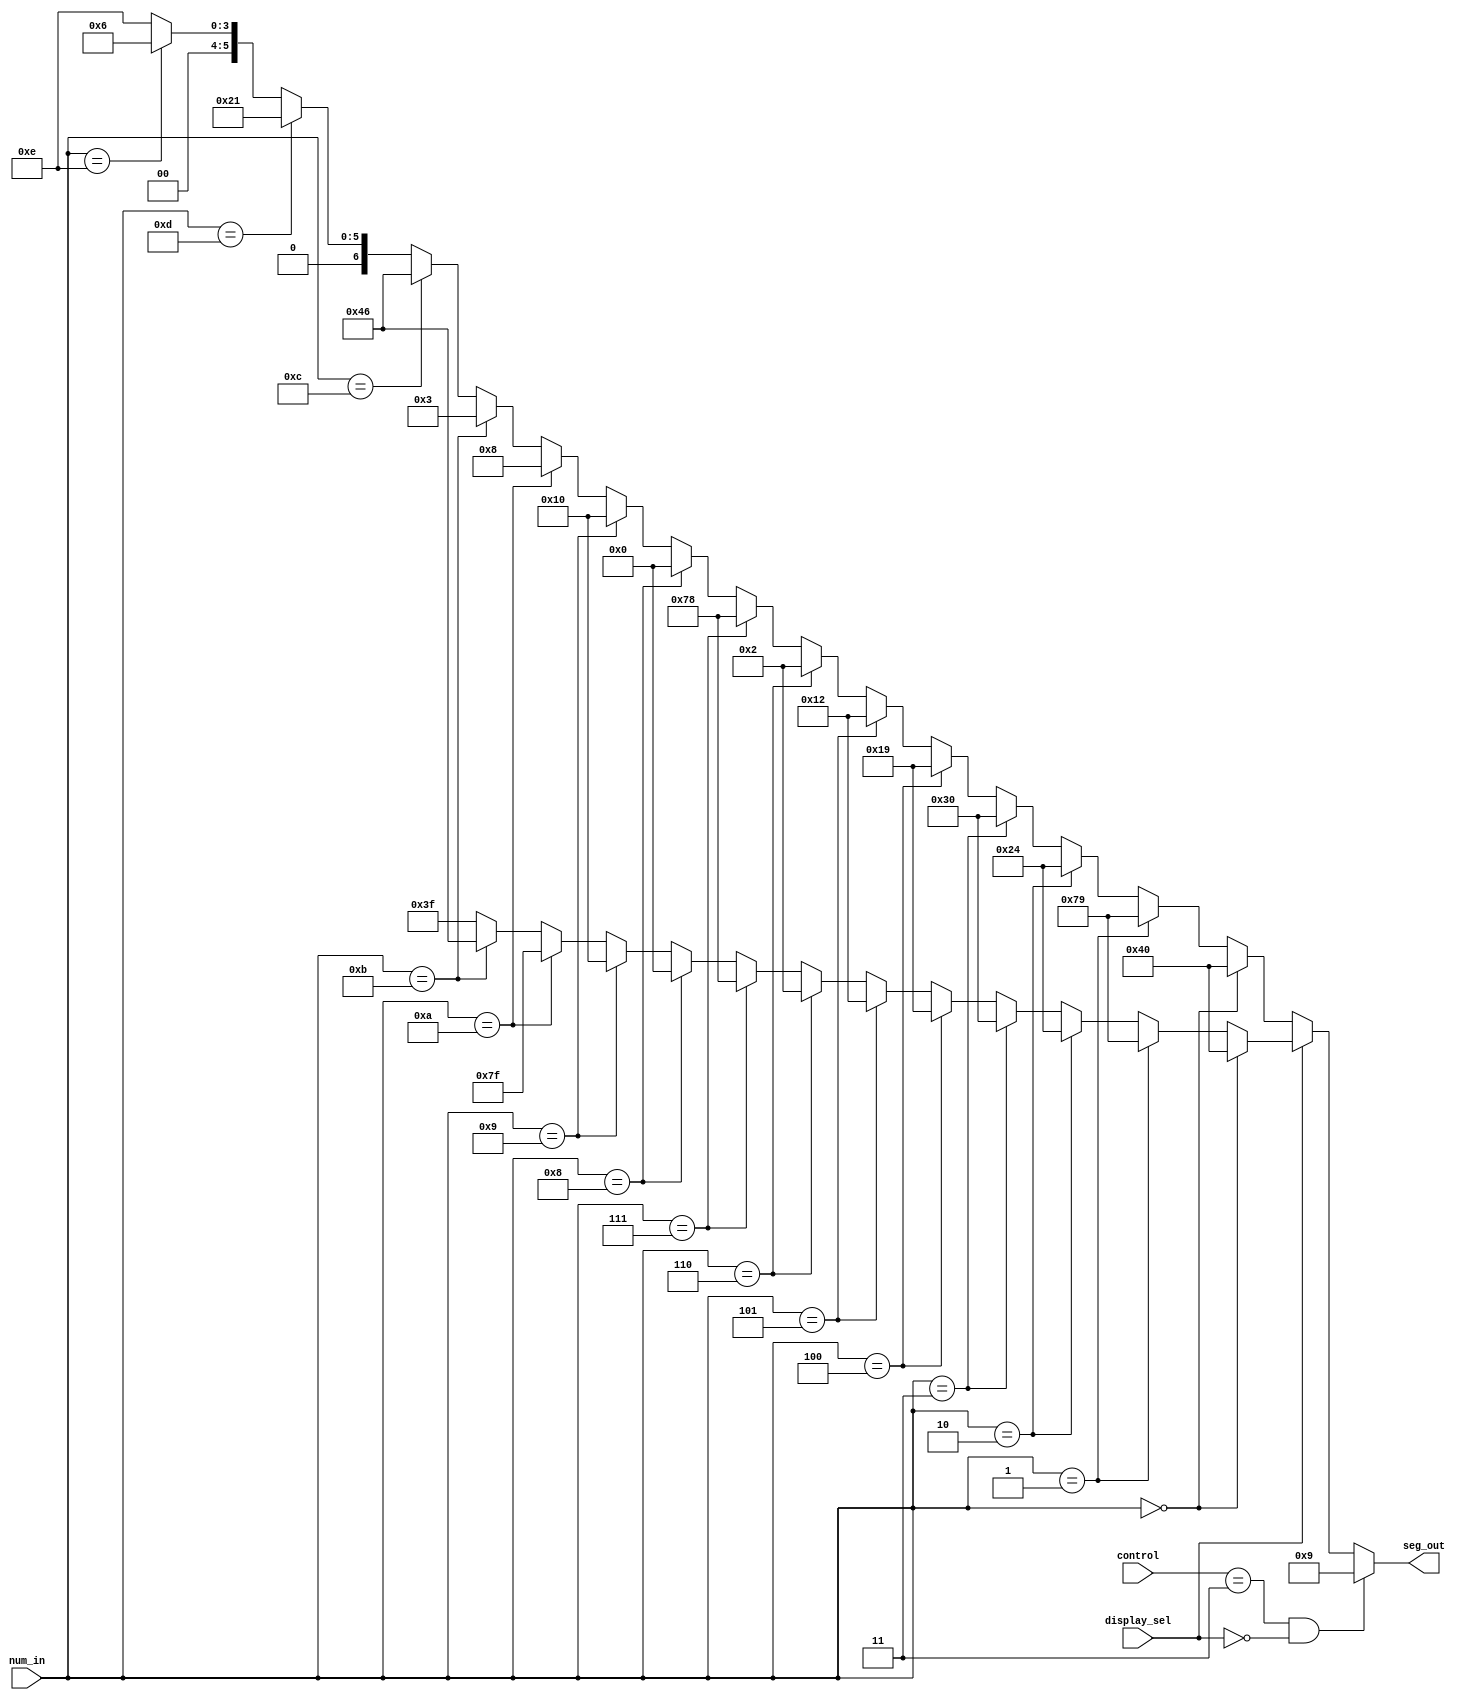
module seven_seg_decoder(
		num_in,
		control,
		seg_out,
		display_sel
);

// ==============================================================================
// 									   Port Declarations
// ==============================================================================
			input [3:0]  num_in;
			input [1:0]  control;
			output [6:0] seg_out;
			input        display_sel;
   
   
// ==============================================================================
// 						     Parameters, Registers, and Wires
// ==============================================================================
			wire [6:0]   seg_out_bcd;
			wire [6:0]   seg_out_hex;
			wire [6:0]   seg_out_buf;
   
// ==============================================================================
// 										Implementation
// ==============================================================================

			// If displaying hex, then make digit 4 on the SSD be an "H"
			assign seg_out = (control == 2'b11 & display_sel == 1'b0) ? 7'b0001001 : seg_out_buf;
			
			// Select either the HEX data or Dec. data to display on the SSD.
			assign seg_out_buf = (display_sel == 1'b1) ? seg_out_bcd : seg_out_hex;
			
			// Decimal decoder
			assign seg_out_bcd = (num_in == 4'b0000) ? 7'b1000000 : 		//0
										(num_in == 4'b0001) ? 7'b1111001 : 		//1
										(num_in == 4'b0010) ? 7'b0100100 : 		//2
										(num_in == 4'b0011) ? 7'b0110000 : 		//3
										(num_in == 4'b0100) ? 7'b0011001 : 		//4
										(num_in == 4'b0101) ? 7'b0010010 : 		//5
										(num_in == 4'b0110) ? 7'b0000010 : 		//6
										(num_in == 4'b0111) ? 7'b1111000 : 		//7
										(num_in == 4'b1000) ? 7'b0000000 : 		//8
										(num_in == 4'b1001) ? 7'b0010000 : 		//9
										(num_in == 4'b1010) ? 7'b1111111 : 		//nothing when positive
										(num_in == 4'b1011) ? 7'b1000110 : 		//C for temperature reading
										7'b0111111;										//minus sign

			// Hex decoder
			assign seg_out_hex = (num_in == 4'b0000) ? 7'b1000000 : 		//0
										(num_in == 4'b0001) ? 7'b1111001 : 		//1
										(num_in == 4'b0010) ? 7'b0100100 : 		//2
										(num_in == 4'b0011) ? 7'b0110000 : 		//3
										(num_in == 4'b0100) ? 7'b0011001 : 		//4
										(num_in == 4'b0101) ? 7'b0010010 : 		//5
										(num_in == 4'b0110) ? 7'b0000010 : 		//6
										(num_in == 4'b0111) ? 7'b1111000 : 		//7
										(num_in == 4'b1000) ? 7'b0000000 : 		//8
										(num_in == 4'b1001) ? 7'b0010000 : 		//9
										(num_in == 4'b1010) ? 7'b0001000 : 		//A
										(num_in == 4'b1011) ? 7'b0000011 : 		//B
										(num_in == 4'b1100) ? 7'b1000110 : 		//C
										(num_in == 4'b1101) ? 7'b0100001 : 		//D
										(num_in == 4'b1110) ? 7'b0000110 : 		//E
										7'b0001110;										//F
   
endmodule